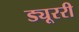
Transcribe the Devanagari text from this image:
ड्यूररी